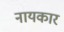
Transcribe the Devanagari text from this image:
नायकार